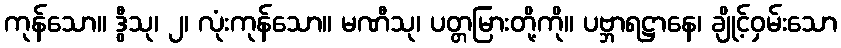
ကုန်သော။ ဒွီသု၊ ၂၊ လုံးကုန်သော။ မဏီသု၊ ပတ္တမြားတို့ကို။ ပဗ္ဘာရဋ္ဌာနေ၊ ချိုင့်ဝှမ်းသော